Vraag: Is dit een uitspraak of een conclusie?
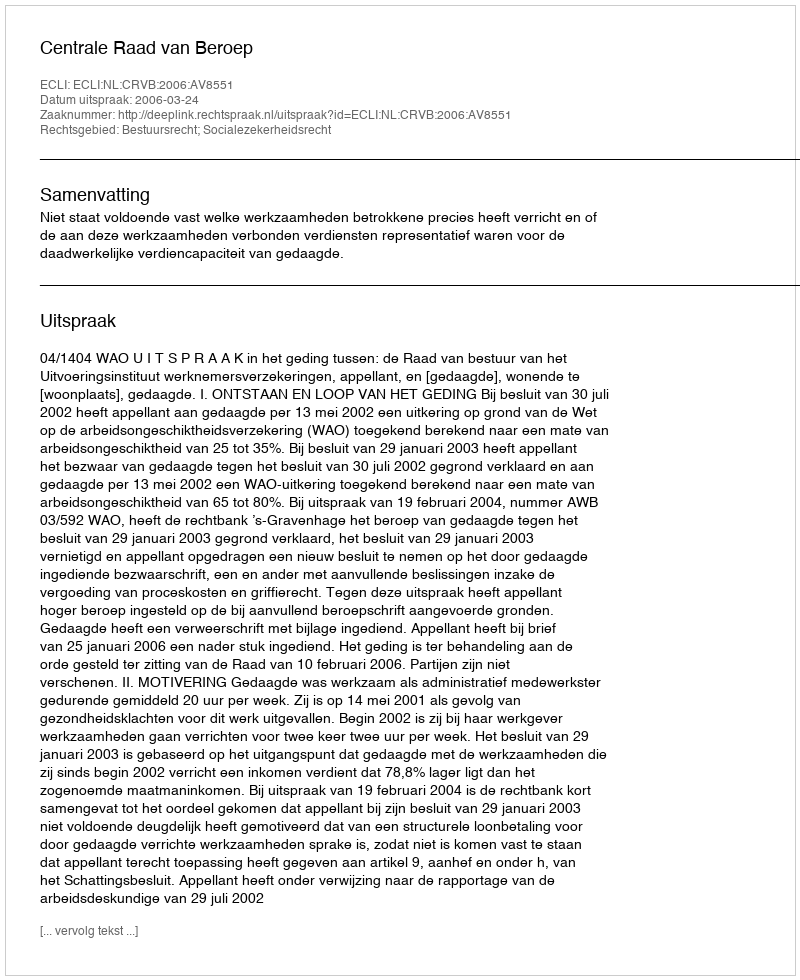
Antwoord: Uitspraak